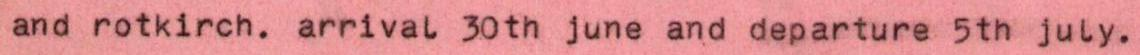
and rotkirch. arrival 30th june and departure 5th july.